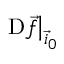
\left. \mathrm { D } \vec { f } \right| _ { \vec { i } _ { 0 } }